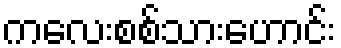
ကလေးစစ်သားဟောင်း